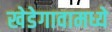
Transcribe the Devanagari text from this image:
खेडेगावामध्ये